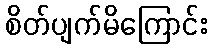
စိတ်ပျက်မိကြောင်း